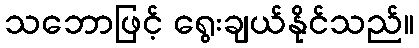
သဘောဖြင့် ရွေးချယ်နိုင်သည်။